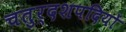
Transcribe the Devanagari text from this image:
चतुर्दशपदियों